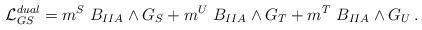
LaTeX: \begin{align*}{\cal L}_{GS}^{dual}=m^S~B_{IIA} \wedge G_S+m^U~B_{IIA}\wedge G_T+m^T~B_{IIA}\wedge G_U\, .\end{align*}